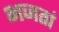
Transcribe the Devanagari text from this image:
भजतां